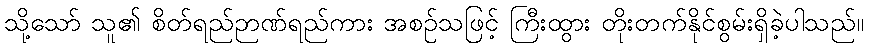
သို့သော် သူ၏ စိတ်ရည်ဉာဏ်ရည်ကား အစဉ်သဖြင့် ကြီးထွား တိုးတက်နိုင်စွမ်းရှိခဲ့ပါသည်။